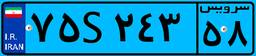
۷۵S۲۴۳۵۸